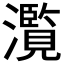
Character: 𤂺